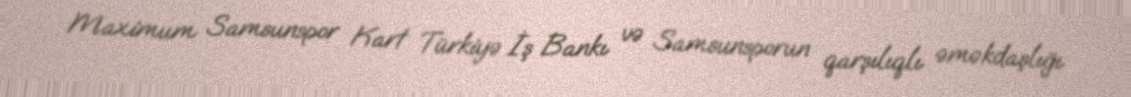
Maximum Samsunspor Kart Türkiyə İş Bankı və Samsunsporun qarşılıqlı əməkdaşlığı